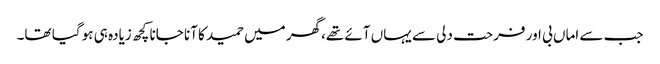
جب سے اماں بی اور فرحت دلی سے یہاں آئے تھے،گھر میں حمید کا آنا جانا کچھ زیادہ ہی ہو گیا تھا۔